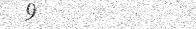
١٥٧